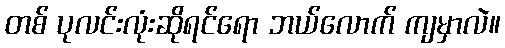
တစ် ပုလင်းလုံးဆိုရင်ရော ဘယ်လောက် ကျမှာလဲ။